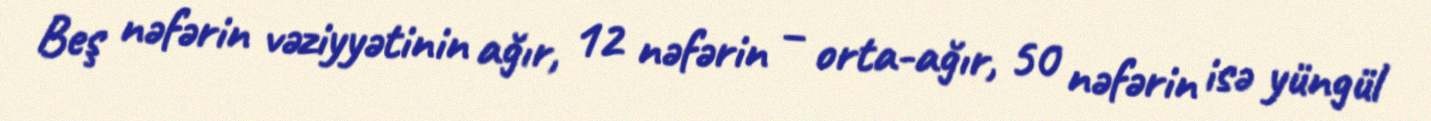
Beş nəfərin vəziyyətinin ağır, 12 nəfərin – orta-ağır, 50 nəfərin isə yüngül